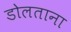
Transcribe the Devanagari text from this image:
डोलताना